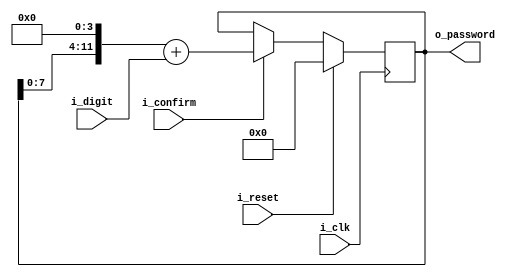
module password_getter_sync(
    i_digit,
    i_confirm,
    i_reset,
    i_clk,
    o_password
);

    input [3:0] i_digit;       // 4-bit input representing the digit
    input i_confirm;           // Input signal to confirm password entry
    input i_reset;             // Input signal to reset the password
    input i_clk;               // Clock signal

    output reg [11:0] o_password;  // 12-bit output representing the password

    always @ (posedge i_clk) begin
        if (i_reset) begin
            o_password <= 12'h000;  // Reset the password to all zeroes when i_reset is asserted
        end else begin
            if (i_confirm) begin
                o_password <= (o_password << 4) + i_digit;  // Shift the password left by 4 bits and add the new digit
            end
        end
    end

endmodule
/*In this code, password_getter_sync is a module that captures a password input digit by digit on the positive edge of the clock signal i_clk. 
Here's the breakdown of the code:

input [3:0] i_digit; declares a 4-bit input signal i_digit, representing the digit being entered.
input i_confirm; declares an input signal i_confirm used to confirm the entry of a digit.
input i_reset; declares an input signal i_reset used to reset the password.
input i_clk; declares the clock input signal i_clk.
output reg [11:0] o_password; declares a 12-bit output signal o_password, representing the password being entered. 
It is declared as a reg type to allow for sequential assignment inside the always block.
The always @ (posedge i_clk) block is sensitive to the positive edge of the clock signal i_clk.
Inside the always block, the code checks if i_reset is asserted. If it is, the o_password is set to 12'h000, resetting the password to all zeroes.
If i_reset is not asserted, the code checks if i_confirm is asserted. If it is, the code executes the block o_password <= (o_password << 4) + i_digit;.
o_password << 4 shifts the existing password left by 4 bits, making room for the new digit.
+ i_digit adds the new digit (i_digit) to the shifted password, effectively appending it to the password.
This code allows the user to enter a password digit by digit.
The password is captured and stored in the o_password output signal on the positive edge of the clock, with the ability to reset the password using i_reset.*/